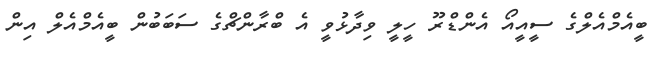
ބީއެމްއެލްގެ ސީއީއޯ އެންޑްރޫ ހީލީ ވިދާޅުވީ އެ ބްރާންޗްގެ ސަބަބުން ބީއެމްއެލް އިން